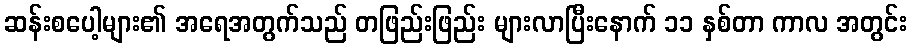
ဆန်းစပေါ့များ၏ အရေအတွက်သည် တဖြည်းဖြည်း များလာပြီးနောက် ၁၁ နှစ်တာ ကာလ အတွင်း